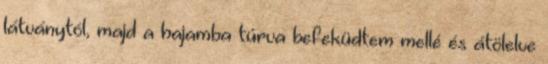
látványtól, majd a hajamba túrva befeküdtem mellé és átölelve